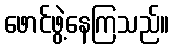
ဖောင်ဖွဲ့နေကြသည်။